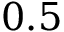
0 . 5